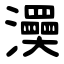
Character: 㶔